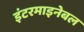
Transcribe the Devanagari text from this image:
इंटरमाइनेबल